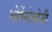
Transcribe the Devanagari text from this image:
ओर्गेनोलोजी